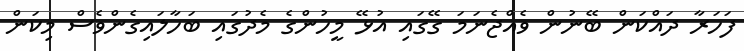
ފަހަރާ ދައްކަން ބޭނުން ވެއްޖެނަމަ ގޭގައި އުޅޭ މީހުންގެ މެދުގައި ބަހާލައިގެންވެސް މިކަން